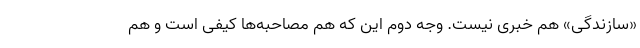
«سازندگی» هم خبری نیست. وجه دوم این که هم مصاحبه‌ها کیفی است و هم